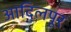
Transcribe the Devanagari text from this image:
आदिलपूर